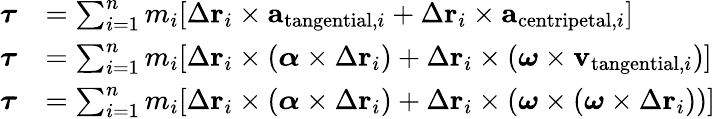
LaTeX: {\begin{array}{rl}{{\boldsymbol{\tau}}}&{=\sum_{i=1}^{n}m_{i}[\Delta\mathbf{r}_{i}\times\mathbf{a}_{{\mathrm{tangential}},i}+\Delta\mathbf{r}_{i}\times\mathbf{a}_{{\mathrm{centripetal}},i}]}\\ {{\boldsymbol{\tau}}}&{=\sum_{i=1}^{n}m_{i}[\Delta\mathbf{r}_{i}\times({\boldsymbol{\alpha}}\times\Delta\mathbf{r}_{i})+\Delta\mathbf{r}_{i}\times({\boldsymbol{\omega}}\times\mathbf{v}_{{\mathrm{tangential}},i})]}\\ {{\boldsymbol{\tau}}}&{=\sum_{i=1}^{n}m_{i}[\Delta\mathbf{r}_{i}\times({\boldsymbol{\alpha}}\times\Delta\mathbf{r}_{i})+\Delta\mathbf{r}_{i}\times({\boldsymbol{\omega}}\times({\boldsymbol{\omega}}\times\Delta\mathbf{r}_{i}))]}\end{array}}